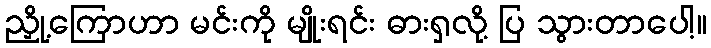
ညှို့ကြောဟာ မင်းကို မျိုးရင်း ဓားရှလို့ ပြ သွားတာပေါ့။